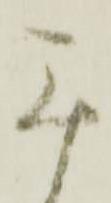
無